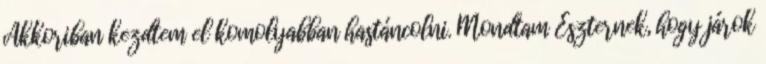
Akkoriban kezdtem el komolyabban hastáncolni. Mondtam Eszternek, hogy járok